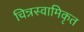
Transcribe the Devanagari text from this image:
चिन्नस्वामिकृत